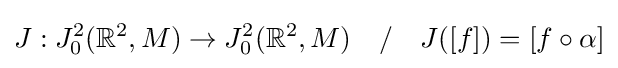
J:J_{0}^{2}(\mathbb {R} ^{2},M)\to J_{0}^{2}(\mathbb {R} ^{2},M)\quad /\quad J([f])=[f\circ \alpha ]